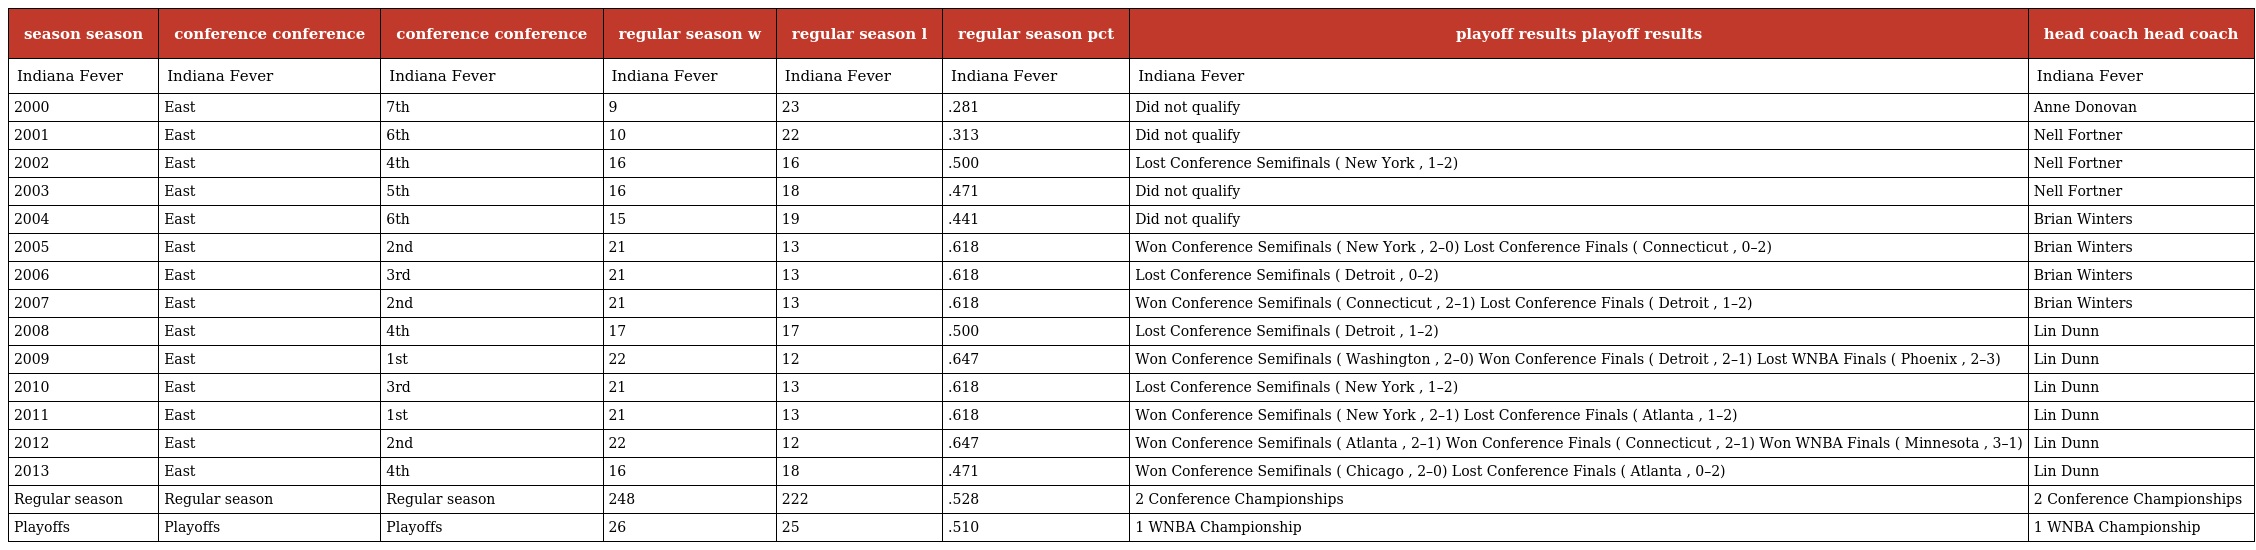
| season season | conference conference | conference conference | regular season w | regular season l | regular season pct | playoff results playoff results | head coach head coach |
 | --- | --- | --- | --- | --- | --- | --- | --- |
 | Indiana Fever | Indiana Fever | Indiana Fever | Indiana Fever | Indiana Fever | Indiana Fever | Indiana Fever | Indiana Fever |
 | 2000 | East | 7th | 9 | 23 | .281 | Did not qualify | Anne Donovan |
 | 2001 | East | 6th | 10 | 22 | .313 | Did not qualify | Nell Fortner |
 | 2002 | East | 4th | 16 | 16 | .500 | Lost Conference Semifinals ( New York , 1–2) | Nell Fortner |
 | 2003 | East | 5th | 16 | 18 | .471 | Did not qualify | Nell Fortner |
 | 2004 | East | 6th | 15 | 19 | .441 | Did not qualify | Brian Winters |
 | 2005 | East | 2nd | 21 | 13 | .618 | Won Conference Semifinals ( New York , 2–0) Lost Conference Finals ( Connecticut , 0–2) | Brian Winters |
 | 2006 | East | 3rd | 21 | 13 | .618 | Lost Conference Semifinals ( Detroit , 0–2) | Brian Winters |
 | 2007 | East | 2nd | 21 | 13 | .618 | Won Conference Semifinals ( Connecticut , 2–1) Lost Conference Finals ( Detroit , 1–2) | Brian Winters |
 | 2008 | East | 4th | 17 | 17 | .500 | Lost Conference Semifinals ( Detroit , 1–2) | Lin Dunn |
 | 2009 | East | 1st | 22 | 12 | .647 | Won Conference Semifinals ( Washington , 2–0) Won Conference Finals ( Detroit , 2–1) Lost WNBA Finals ( Phoenix , 2–3) | Lin Dunn |
 | 2010 | East | 3rd | 21 | 13 | .618 | Lost Conference Semifinals ( New York , 1–2) | Lin Dunn |
 | 2011 | East | 1st | 21 | 13 | .618 | Won Conference Semifinals ( New York , 2–1) Lost Conference Finals ( Atlanta , 1–2) | Lin Dunn |
 | 2012 | East | 2nd | 22 | 12 | .647 | Won Conference Semifinals ( Atlanta , 2–1) Won Conference Finals ( Connecticut , 2–1) Won WNBA Finals ( Minnesota , 3–1) | Lin Dunn |
 | 2013 | East | 4th | 16 | 18 | .471 | Won Conference Semifinals ( Chicago , 2–0) Lost Conference Finals ( Atlanta , 0–2) | Lin Dunn |
 | Regular season | Regular season | Regular season | 248 | 222 | .528 | 2 Conference Championships | 2 Conference Championships |
 | Playoffs | Playoffs | Playoffs | 26 | 25 | .510 | 1 WNBA Championship | 1 WNBA Championship |